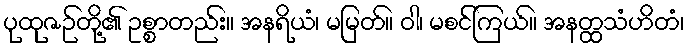
ပုထုဇဉ်တို့၏ ဥစ္စာတည်း။ အနရိယံ၊ မမြတ်။ ဝါ၊ မစင်ကြယ်။ အနတ္ထသံဟိတံ၊